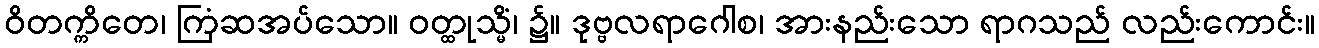
ဝိတက္ကိတေ၊ ကြံဆအပ်သော။ ဝတ္ထုသ္မိံ၊ ၌။ ဒုဗ္ဗလရာဂေါစ၊ အားနည်းသော ရာဂသည် လည်းကောင်း။